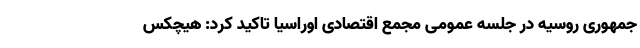
‌جمهوری روسیه در جلسه عمومی مجمع اقتصادی اوراسیا تاکید کرد: هیچکس